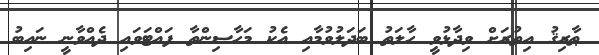
ޠާރިޤު އިތުރަށް ވިދާޅުވީ ހާލަތު ބަދަލުވުމާއި އެކު މަހާސިންތާ ފައްޓަވައި ދެއްވާނީ ނައިބު